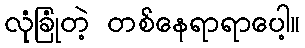
လုံခြုံတဲ့ တစ်နေရာရာပေါ့။